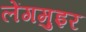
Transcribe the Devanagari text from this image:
लेंगमुइर